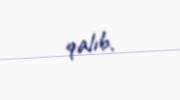
qalıb.